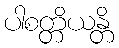
ပါစတ္တိယန္တိ